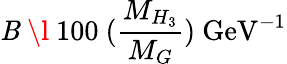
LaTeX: \mathit{B}~\l~100~(\frac{{M_{H_{3}}}}{{M_{G}}})~\mathrm{{GeV}}^{-1}